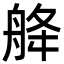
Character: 舽